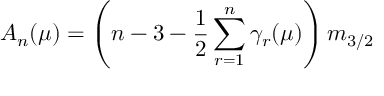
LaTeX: A _ { n } ( \mu ) = \left( n - 3 - { \frac { 1 } { 2 } } \sum _ { r = 1 } ^ { n } \gamma _ { r } ( \mu ) \right) m _ { 3 / 2 }